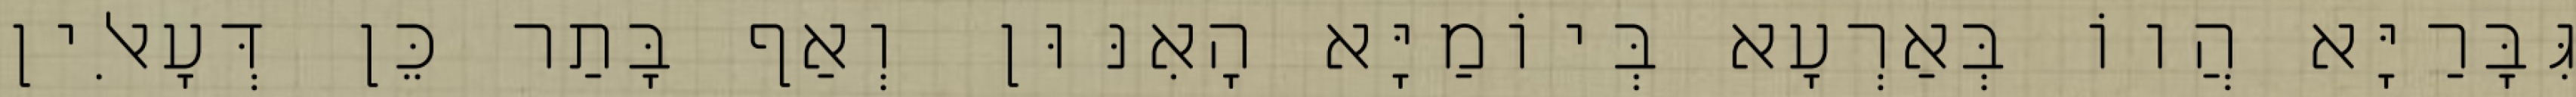
גִּבָּרַיָּא הֲווֹ בְּאַרְעָא בְּיוֹמַיָּא הָאִנּוּן וְאַף בָּתַר כֵּן דְּעָאלִין